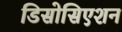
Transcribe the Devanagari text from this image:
डिसोसिएशन